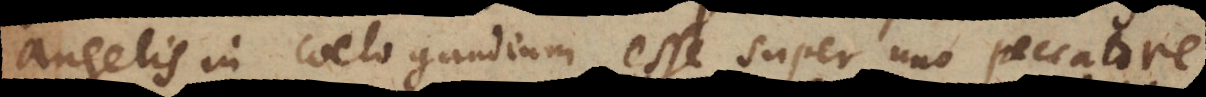
elis in coelo gaudium esse super uno peccatore